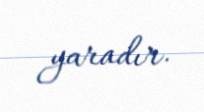
yaradır.